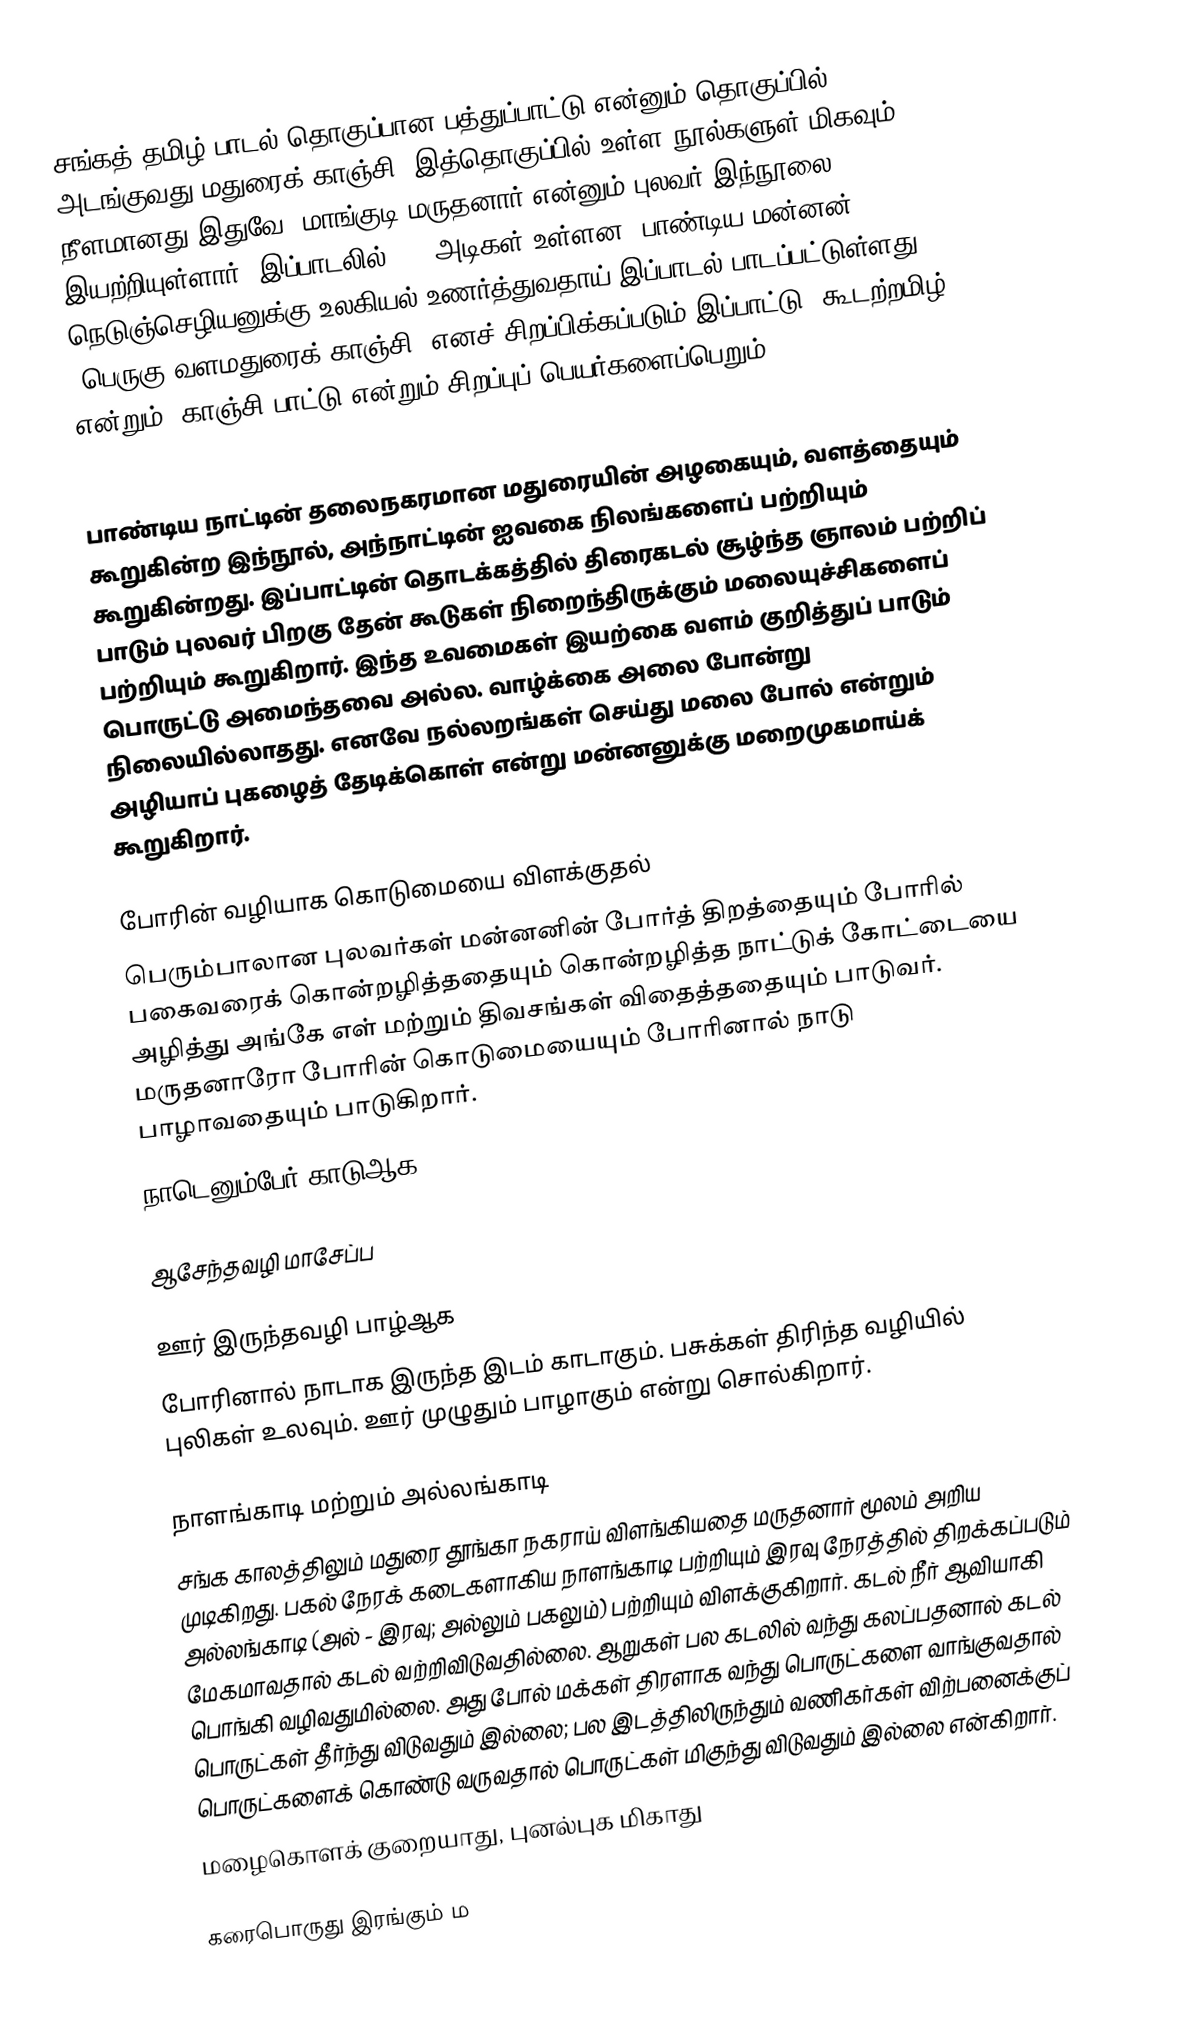
சங்கத் தமிழ் பாடல் தொகுப்பான பத்துப்பாட்டு என்னும் தொகுப்பில் அடங்குவது மதுரைக் காஞ்சி. இத்தொகுப்பில் உள்ள நூல்களுள் மிகவும் நீளமானது இதுவே. மாங்குடி மருதனார் என்னும் புலவர் இந்நூலை இயற்றியுள்ளார். இப்பாடலில் 782 அடிகள் உள்ளன.  பாண்டிய மன்னன் நெடுஞ்செழியனுக்கு உலகியல் உணர்த்துவதாய் இப்பாடல் பாடப்பட்டுள்ளது. "பெருகு வளமதுரைக் காஞ்சி" எனச் சிறப்பிக்கப்படும் இப்பாட்டு "கூடற்றமிழ்" என்றும் "காஞ்சி பாட்டு"என்றும் சிறப்புப் பெயர்களைப்பெறும்.

1
பாண்டிய நாட்டின் தலைநகரமான மதுரையின் அழகையும், வளத்தையும் கூறுகின்ற இந்நூல், அந்நாட்டின் ஐவகை நிலங்களைப் பற்றியும் கூறுகின்றது. இப்பாட்டின் தொடக்கத்தில் திரைகடல் சூழ்ந்த ஞாலம் பற்றிப் பாடும் புலவர் பிறகு தேன் கூடுகள் நிறைந்திருக்கும் மலையுச்சிகளைப் பற்றியும் கூறுகிறார். இந்த உவமைகள் இயற்கை வளம் குறித்துப் பாடும் பொருட்டு அமைந்தவை அல்ல. வாழ்க்கை அலை போன்று நிலையில்லாதது. எனவே நல்லறங்கள் செய்து மலை போல் என்றும் அழியாப் புகழைத் தேடிக்கொள் என்று மன்னனுக்கு மறைமுகமாய்க் கூறுகிறார்.

போரின் வழியாக கொடுமையை விளக்குதல்
பெரும்பாலான புலவர்கள் மன்னனின் போர்த் திறத்தையும் போரில் பகைவரைக் கொன்றழித்ததையும் கொன்றழித்த நாட்டுக் கோட்டையை அழித்து அங்கே எள் மற்றும் திவசங்கள் விதைத்ததையும் பாடுவர். மருதனாரோ போரின் கொடுமையையும் போரினால் நாடு பாழாவதையும் பாடுகிறார்.
நாடெனும்பேர் காடுஆக

ஆசேந்தவழி மாசேப்ப

ஊர் இருந்தவழி பாழ்ஆக
போரினால் நாடாக இருந்த இடம் காடாகும். பசுக்கள் திரிந்த வழியில் புலிகள் உலவும். ஊர் முழுதும் பாழாகும் என்று சொல்கிறார்.

நாளங்காடி மற்றும் அல்லங்காடி
சங்க காலத்திலும் மதுரை தூங்கா நகராய் விளங்கியதை மருதனார் மூலம் அறிய முடிகிறது. பகல் நேரக் கடைகளாகிய நாளங்காடி பற்றியும் இரவு நேரத்தில் திறக்கப்படும் அல்லங்காடி (அல் - இரவு; அல்லும் பகலும்) பற்றியும் விளக்குகிறார். கடல் நீர் ஆவியாகி மேகமாவதால் கடல் வற்றிவிடுவதில்லை. ஆறுகள் பல கடலில் வந்து கலப்பதனால் கடல் பொங்கி வழிவதுமில்லை. அது போல் மக்கள் திரளாக வந்து பொருட்களை வாங்குவதால் பொருட்கள் தீர்ந்து விடுவதும் இல்லை; பல இடத்திலிருந்தும் வணிகர்கள் விற்பனைக்குப் பொருட்களைக் கொண்டு வருவதால் பொருட்கள் மிகுந்து விடுவதும் இல்லை என்கிறார்.
மழைகொளக் குறையாது, புனல்புக மிகாது

கரைபொருது இரங்கும் ம